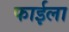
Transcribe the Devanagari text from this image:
फाईला